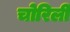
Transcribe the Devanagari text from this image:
चोरिली